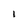
Character: l